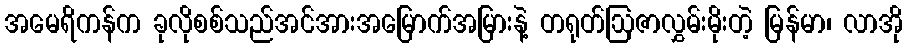
အမေရိကန်က ခုလိုစစ်သည်အင်အားအမြောက်အမြားနဲ့ တရုတ်ဩဇာလွှမ်းမိုးတဲ့ မြန်မာ၊ လာအို